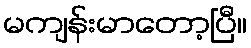
မကျန်းမာတော့ပြီ။